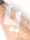
يا